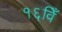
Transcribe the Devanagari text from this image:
१६विँ